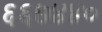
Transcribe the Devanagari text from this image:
६६७४४०